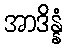
အာဒိန္နံ